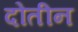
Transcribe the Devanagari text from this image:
दोतीन